Civil Veterinary Dept. Bombay admin report 1907-1913 - 1907-1913
Year: 1907
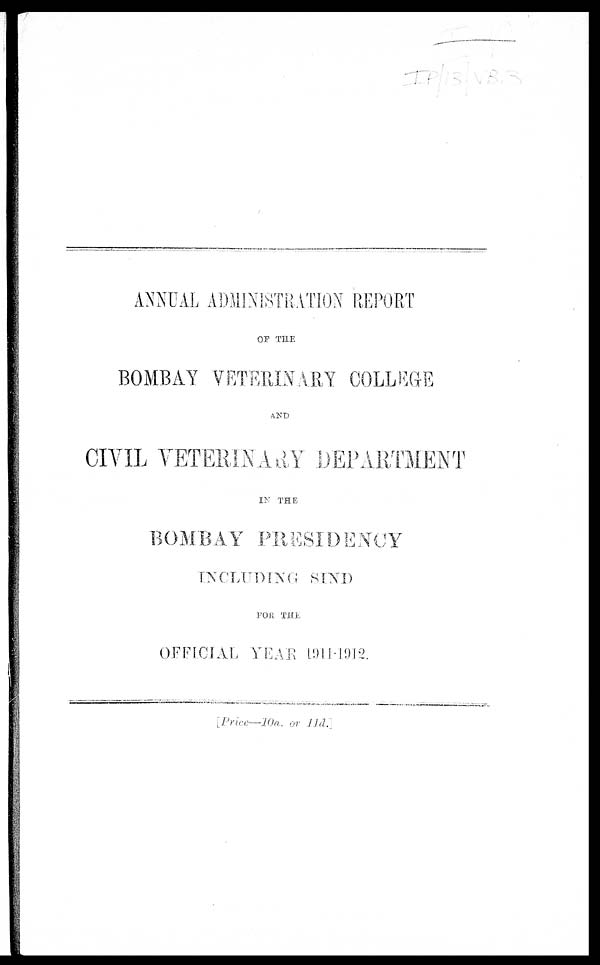
ANNUAL ADMINISTRATION REPORT
OP THE
BOMBAY VETERINARY COLLEGE
AND
CIVIL VETERINARY DEPARTMENT
IN THE
BOMBAY PRESIDENCY
INCLUDING SIND
FOR THE
OFFICIAL YEAR 1911-1912.
[Price—10a. or 11d.]